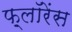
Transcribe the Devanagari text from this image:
फ़्लॉरेंस